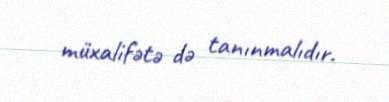
müxalifətə də tanınmalıdır.